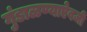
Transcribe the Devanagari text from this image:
गुंडाळण्याऐवजी